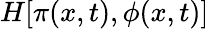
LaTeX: H[\pi(x,t),\phi(x,t)]